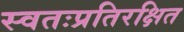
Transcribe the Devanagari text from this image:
स्वतःप्रतिरक्षित